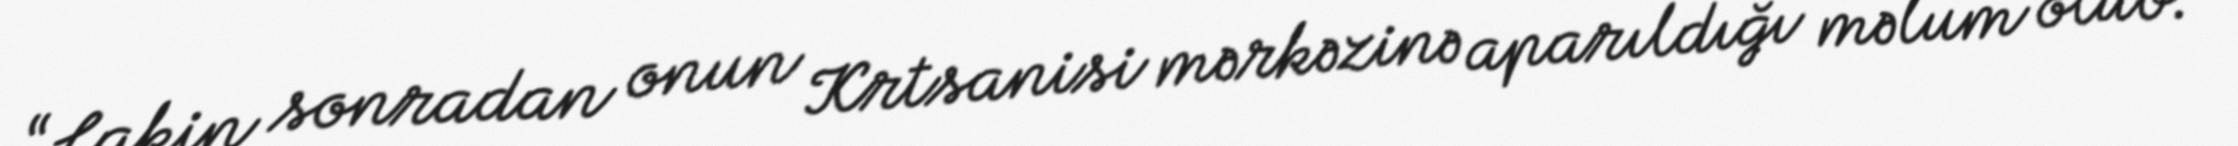
“Lakin sonradan onun Krtsanisi mərkəzinə aparıldığı məlum olub.